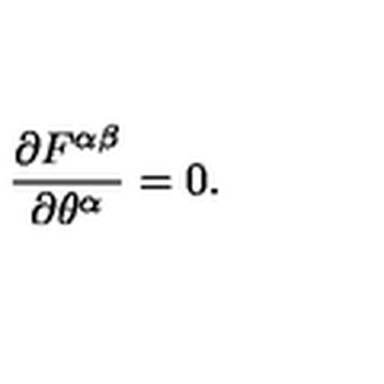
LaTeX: { \frac { \partial F ^ { \alpha \beta } } { \partial \theta ^ { \alpha } } } = 0 .